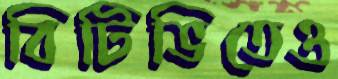
বিটিভিতেও